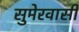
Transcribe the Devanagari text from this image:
सुमेरवासी